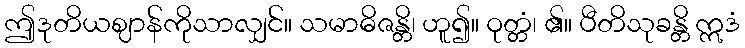
ဤဒုတိယဈာန်ကိုသာလျှင်။ သမာဓိဇန္တိ၊ ဟူ၍။ ဝုတ္တံ၊ ၏။ ပီတိသုခန္တိ ဣဒံ